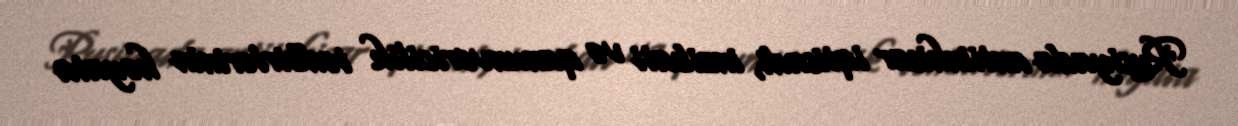
Rusiyada antiinhisar iqtisadi, inzibati və qanunvericilik tədbirlərinin həyata